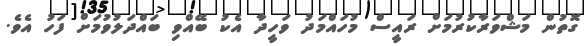
ގޮތުން މަޝްވަރާކުރުމަށް ރައީސް މުހައްމަދު ވަހީދާ އެކު ބޭއްވި ބައްދަލުވުމަށް ފަހު އެވެ.